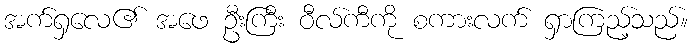
အက်ရှလေ၏ အဖေ ဦးကြီး ဝီလ်ကီကို စကားလက် ရှာကြည့်သည်။